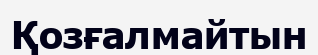
Қозғалмайтын